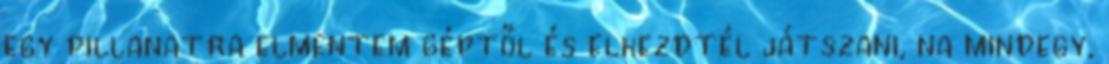
egy pillanatra elmentem géptől és elkezdtél játszani, na mindegy,